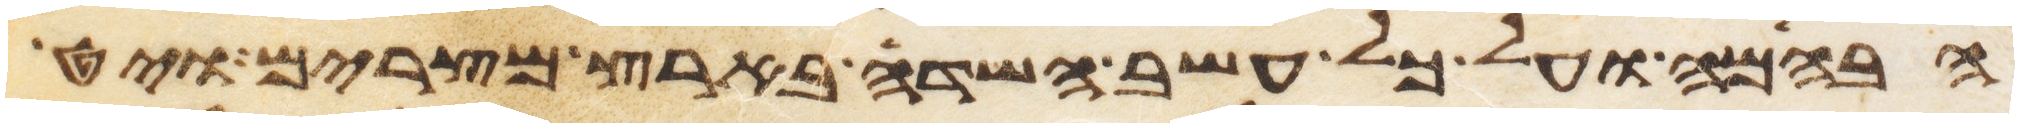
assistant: הבהמה ועל כל עשב השדה בארץ מצרים ויט